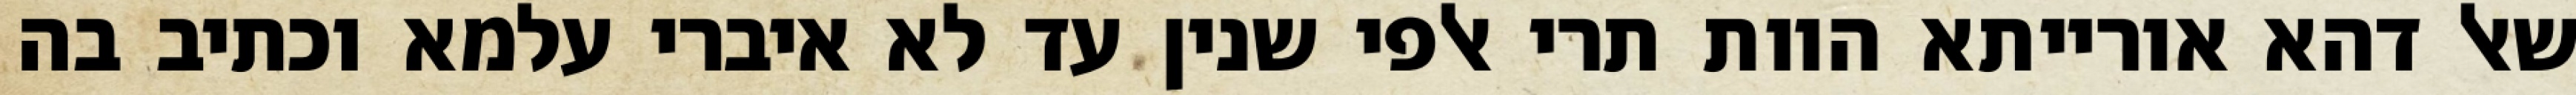
שאל דהא אורייתא הוות תרי אלפי שנין עד לא איברי עלמא וכתיב בה